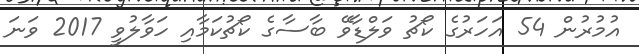
އުމުރުން 54 އަހަރުގެ ކޯޗު ވަލްޑާވޭ ބާސާގެ ކޯޗުކަމާއި ހަވާލުވީ 2017 ވަނަ